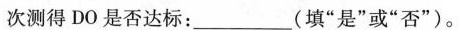
次测得DO是否达标：___(填”是”或”否”)。